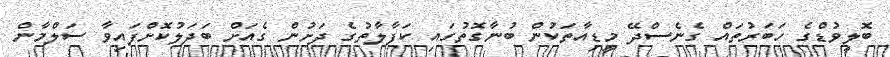
ބޮލީވުޑްގެ ހަބަރުތައް ގެނެސްދޭ މީޑިއާތަކުން ބުނާގޮތުގައި ކަފާލާތުގެ ދަށުން ގެއަށް ބަދަލުކޮށްފައިވާ ސަލްމާން